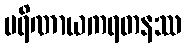
ပရိဏာယကရတနဿ